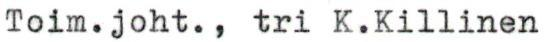
Toim.joht., tri K.Killinen